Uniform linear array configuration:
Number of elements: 16
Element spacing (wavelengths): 0.75
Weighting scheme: blackman
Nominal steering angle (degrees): -15
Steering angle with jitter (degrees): -15.004
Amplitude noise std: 0.05
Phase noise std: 0.05

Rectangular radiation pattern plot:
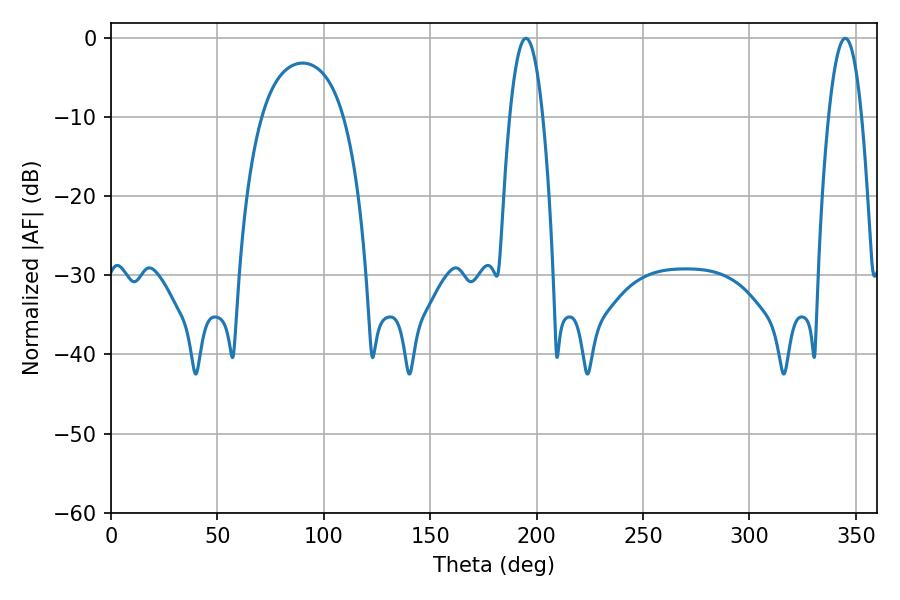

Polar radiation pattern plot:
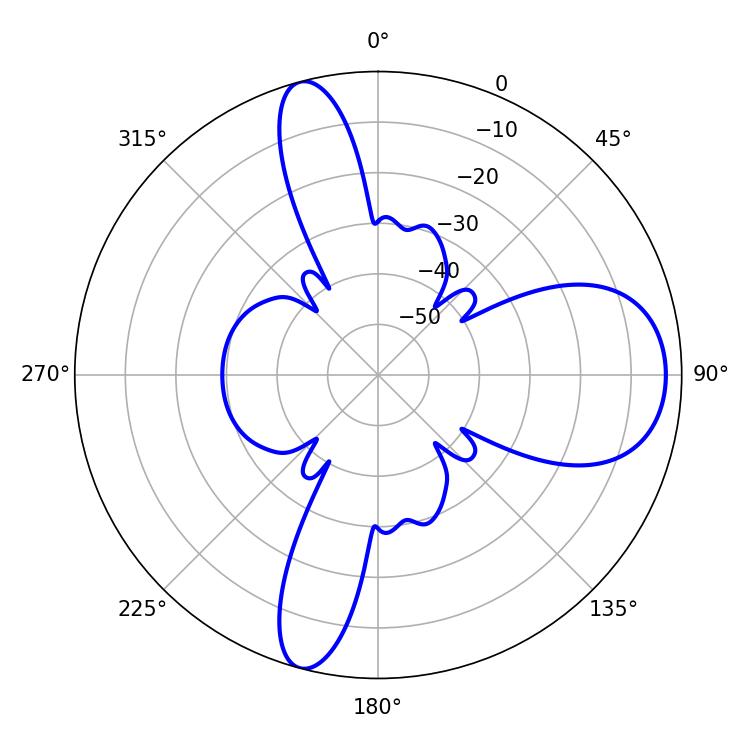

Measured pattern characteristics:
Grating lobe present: TRUE
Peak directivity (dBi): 11.313
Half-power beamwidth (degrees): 8.46
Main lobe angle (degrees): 194.94